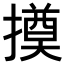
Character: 𢵫